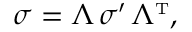
\sigma = \Lambda \, \sigma ^ { \prime } \, \Lambda ^ { \mathrm { \scriptscriptstyle T } } ,